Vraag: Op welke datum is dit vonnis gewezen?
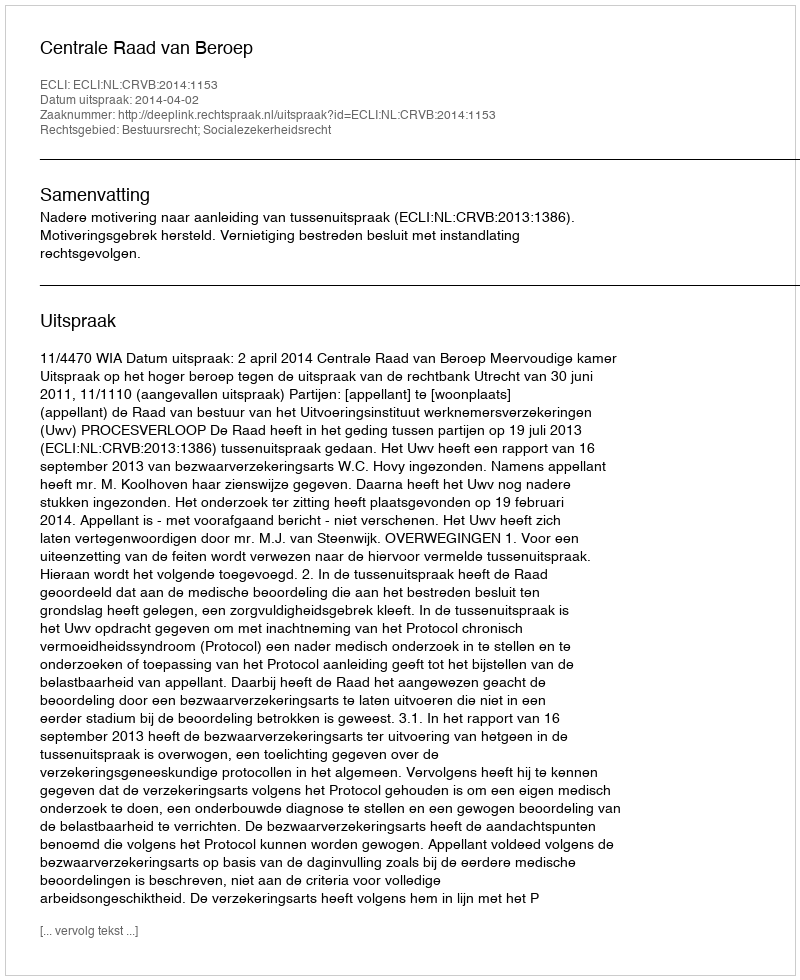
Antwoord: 2014-04-02